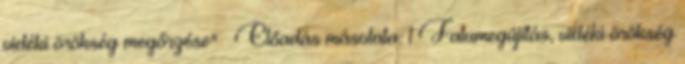
vidéki örökség megőrzése"— Előadás másolata: 1 Falumegújítás, vidéki örökség